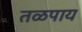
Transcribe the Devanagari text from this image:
तळपाय